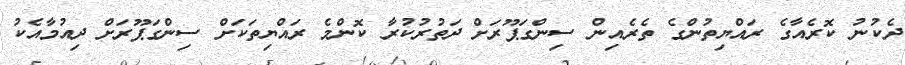
ދެކުނު ކޮރެއާގެ ރައްޔިތުންގެ ތެރެއިން ސިންގަޕޫރަށް ދަތުރުކުރާ ކޮންމެ ރައްޔިތަކަށް ސިންގަޕޫރަށް ދިއުމާއެކު